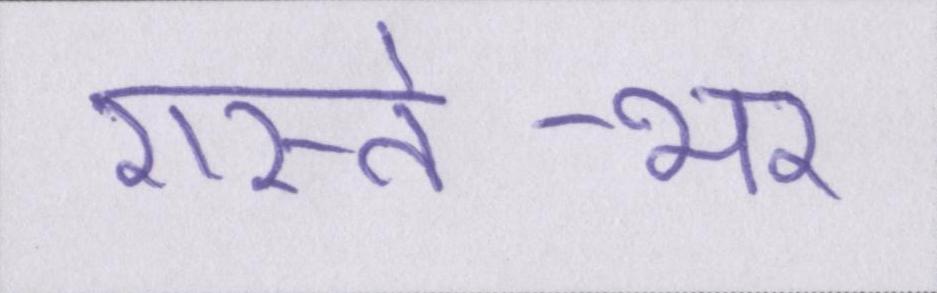
रास्ते-भर